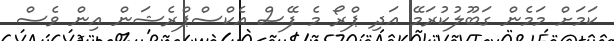
ކަމަށް މަމެން ގަބޫލުކުރަމޭ އަދި ޕްރޯ މެ ފޭސް އެކްސްޕްރެޝަން އިން ވެސް